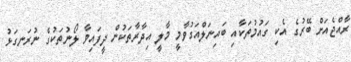
ރާއްޖެއަށް ބޭރުގެ އެކި ގައުމުތަކާއި ބައިނަލްއަގުވާމީ މާލީ އިދާރާތަކުން ދީފައިވާ ލޯނުތަކުގެ ނުރަނގަޅު